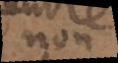
non